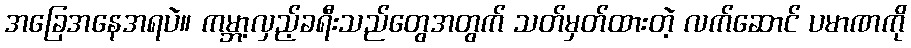
အခြေအနေအရပဲ။ ကမ္ဘာ့လှည့်ခရီးသည်တွေအတွက် သတ်မှတ်ထားတဲ့ လက်ဆောင် ပမာဏကို